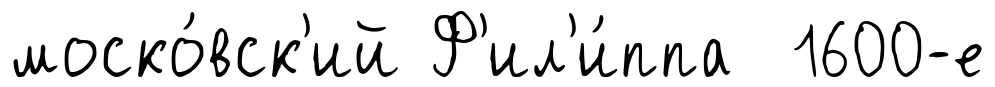
моско́вск'ий Ф'ил'и́ппа 1600-е